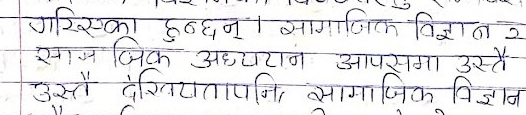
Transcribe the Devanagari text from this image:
गरिएका हुन्छन्। सामाजिक विज्ञान
सामाजिक अध्ययन आपसमा उस्तै
उस्तै देखियतापनि सामाजिक विज्ञान